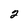
Character: 2